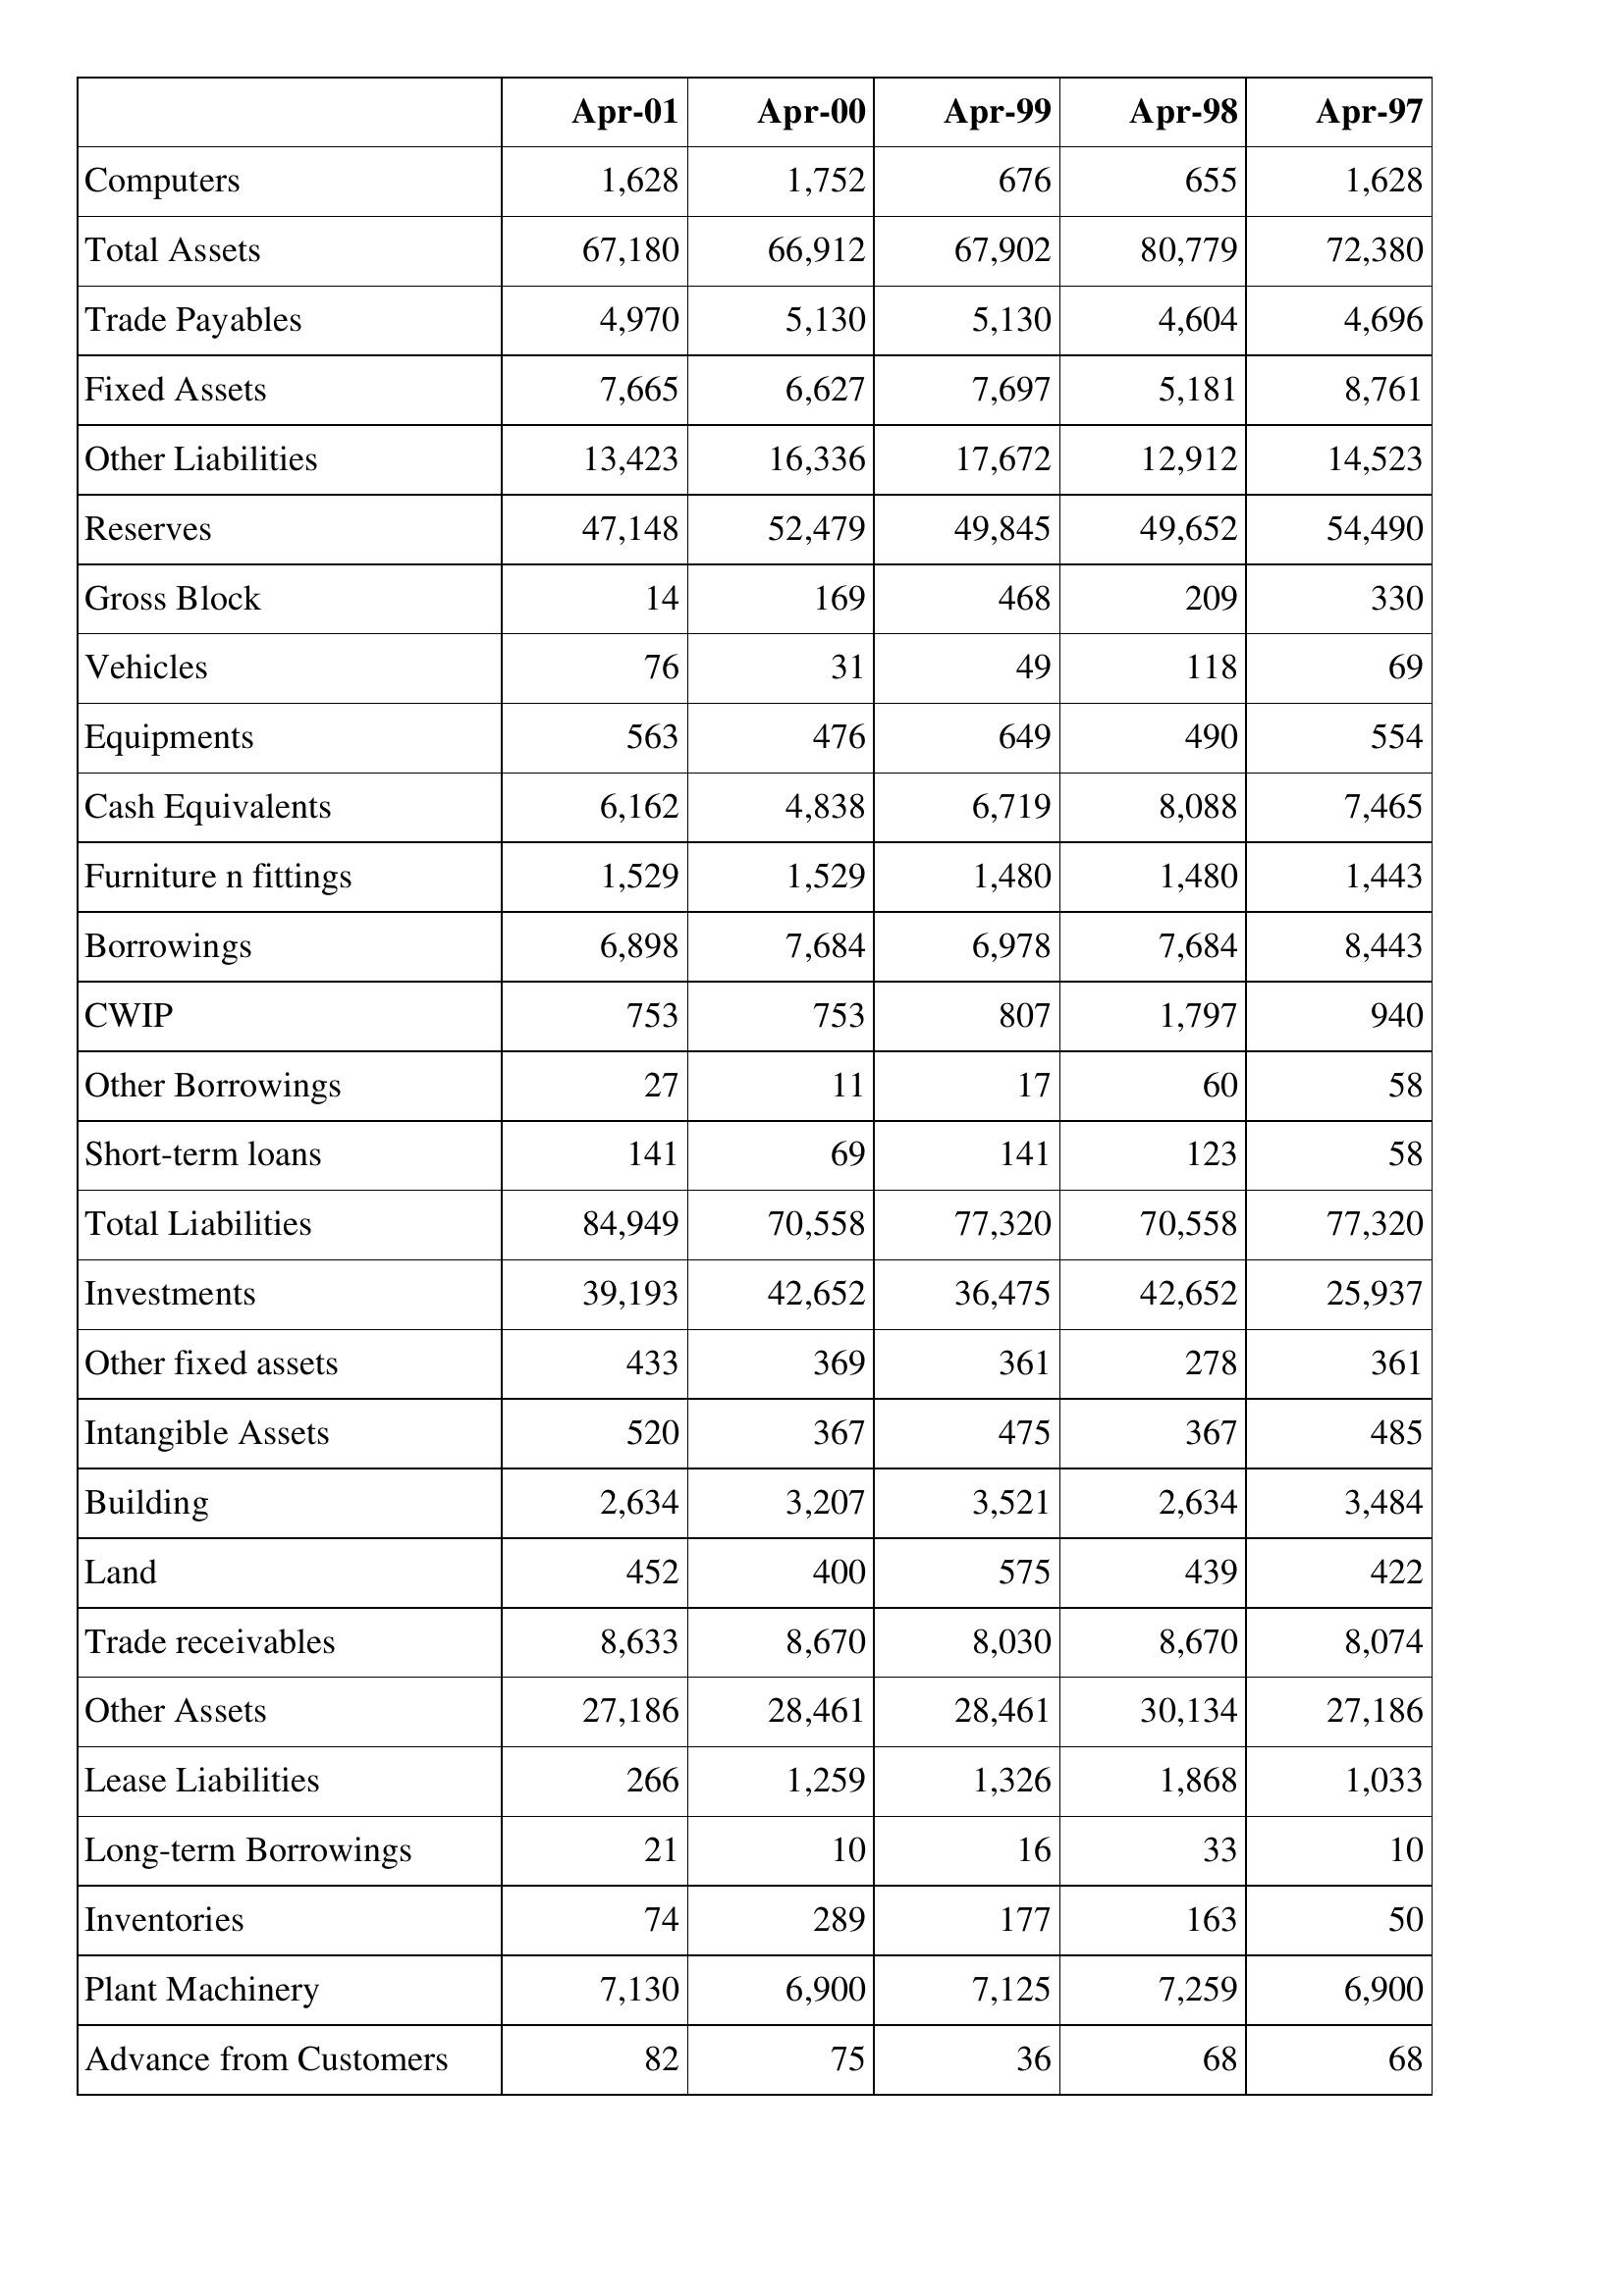
Apr-01: Balance Sheet: Computers: 1,628
Total Assets: 67,180
Trade Payables: 4,970
Fixed Assets: 7,665
Other Liabilities: 13,423
Reserves: 47,148
Gross Block: 14
Vehicles: 76
Equipments: 563
Cash Equivalents: 6,162
Furniture n fittings: 1,529
Borrowings: 6,898
CWIP: 753
Other Borrowings: 27
Short-term loans: 141
Total Liabilities: 84,949
Investments: 39,193
Other fixed assets: 433
Intangible Assets: 520
Building: 2,634
Land: 452
Trade receivables: 8,633
Other Assets: 27,186
Lease Liabilities: 266
Long-term Borrowings: 21
Inventories: 74
Plant Machinery: 7,130
Advance from Customers: 82
Apr-00: Balance Sheet: Computers: 1,752
Total Assets: 66,912
Trade Payables: 5,130
Fixed Assets: 6,627
Other Liabilities: 16,336
Reserves: 52,479
Gross Block: 169
Vehicles: 31
Equipments: 476
Cash Equivalents: 4,838
Furniture n fittings: 1,529
Borrowings: 7,684
CWIP: 753
Other Borrowings: 11
Short-term loans: 69
Total Liabilities: 70,558
Investments: 42,652
Other fixed assets: 369
Intangible Assets: 367
Building: 3,207
Land: 400
Trade receivables: 8,670
Other Assets: 28,461
Lease Liabilities: 1,259
Long-term Borrowings: 10
Inventories: 289
Plant Machinery: 6,900
Advance from Customers: 75
Apr-99: Balance Sheet: Computers: 676
Total Assets: 67,902
Trade Payables: 5,130
Fixed Assets: 7,697
Other Liabilities: 17,672
Reserves: 49,845
Gross Block: 468
Vehicles: 49
Equipments: 649
Cash Equivalents: 6,719
Furniture n fittings: 1,480
Borrowings: 6,978
CWIP: 807
Other Borrowings: 17
Short-term loans: 141
Total Liabilities: 77,320
Investments: 36,475
Other fixed assets: 361
Intangible Assets: 475
Building: 3,521
Land: 575
Trade receivables: 8,030
Other Assets: 28,461
Lease Liabilities: 1,326
Long-term Borrowings: 16
Inventories: 177
Plant Machinery: 7,125
Advance from Customers: 36
Apr-98: Balance Sheet: Computers: 655
Total Assets: 80,779
Trade Payables: 4,604
Fixed Assets: 5,181
Other Liabilities: 12,912
Reserves: 49,652
Gross Block: 209
Vehicles: 118
Equipments: 490
Cash Equivalents: 8,088
Furniture n fittings: 1,480
Borrowings: 7,684
CWIP: 1,797
Other Borrowings: 60
Short-term loans: 123
Total Liabilities: 70,558
Investments: 42,652
Other fixed assets: 278
Intangible Assets: 367
Building: 2,634
Land: 439
Trade receivables: 8,670
Other Assets: 30,134
Lease Liabilities: 1,868
Long-term Borrowings: 33
Inventories: 163
Plant Machinery: 7,259
Advance from Customers: 68
Apr-97: Balance Sheet: Computers: 1,628
Total Assets: 72,380
Trade Payables: 4,696
Fixed Assets: 8,761
Other Liabilities: 14,523
Reserves: 54,490
Gross Block: 330
Vehicles: 69
Equipments: 554
Cash Equivalents: 7,465
Furniture n fittings: 1,443
Borrowings: 8,443
CWIP: 940
Other Borrowings: 58
Short-term loans: 58
Total Liabilities: 77,320
Investments: 25,937
Other fixed assets: 361
Intangible Assets: 485
Building: 3,484
Land: 422
Trade receivables: 8,074
Other Assets: 27,186
Lease Liabilities: 1,033
Long-term Borrowings: 10
Inventories: 50
Plant Machinery: 6,900
Advance from Customers: 68